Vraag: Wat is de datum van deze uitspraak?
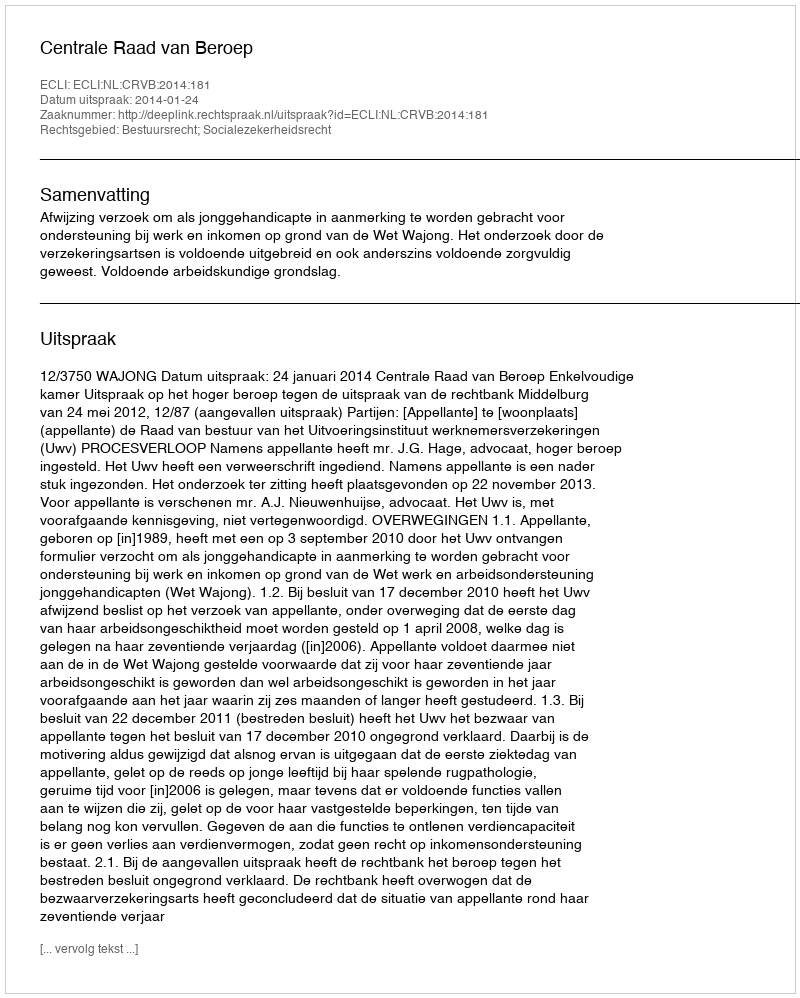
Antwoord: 2014-01-24